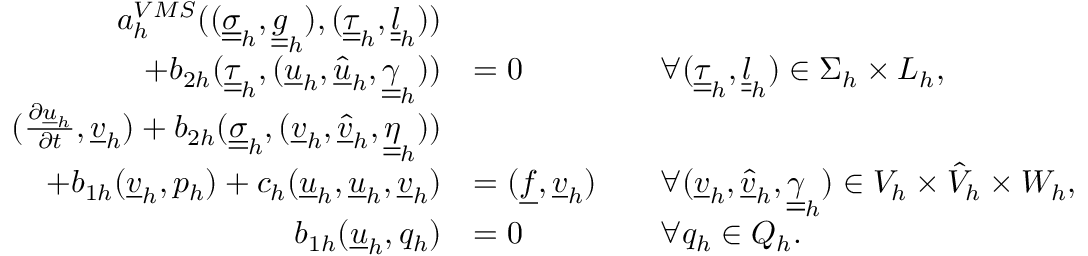
\begin{array} { r l r l r } { a _ { h } ^ { V M S } ( ( \underline { { \underline { { \sigma } } } } _ { h } , \underline { { \underline { { g } } } } _ { h } ) , ( \underline { { \underline { { \tau } } } } _ { h } , \underline { { \underline { { l } } } } _ { h } ) ) } & { } & & { } \\ { + b _ { 2 h } ( \underline { { \underline { { \tau } } } } _ { h } , ( \underline { { u } } _ { h } , \underline { { \hat { u } } } _ { h } , \underline { { \underline { { \gamma } } } } _ { h } ) ) } & { = 0 } & & { \forall ( \underline { { \underline { { \tau } } } } _ { h } , \underline { { \underline { { l } } } } _ { h } ) \in \Sigma _ { h } \times L _ { h } , } & \\ { ( \frac { \partial \underline { { u } } _ { h } } { \partial t } , \underline { { v } } _ { h } ) + b _ { 2 h } ( \underline { { \underline { { \sigma } } } } _ { h } , ( \underline { { v } } _ { h } , \underline { { \hat { v } } } _ { h } , \underline { { \underline { { \eta } } } } _ { h } ) ) } & { } & & { } \\ { + b _ { 1 h } ( \underline { { v } } _ { h } , p _ { h } ) + c _ { h } ( \underline { { u } } _ { h } , \underline { { u } } _ { h } , \underline { { v } } _ { h } ) } & { = ( \underline { { f } } , \underline { { v } } _ { h } ) } & & { \forall ( \underline { { v } } _ { h } , \underline { { \hat { v } } } _ { h } , \underline { { \underline { { \gamma } } } } _ { h } ) \in V _ { h } \times \hat { V } _ { h } \times W _ { h } , } & \\ { b _ { 1 h } ( \underline { { u } } _ { h } , q _ { h } ) } & { = 0 } & & { \forall q _ { h } \in Q _ { h } . } & \end{array}